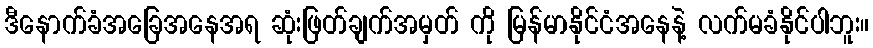
ဒီနောက်ခံအခြေအနေအရ ဆုံးဖြတ်ချက်အမှတ် ကို မြန်မာနိုင်ငံအနေနဲ့ လက်မခံနိုင်ပါဘူး။